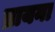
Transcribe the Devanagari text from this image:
ब्रायना